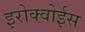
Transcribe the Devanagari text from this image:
इरोक्वोईस